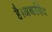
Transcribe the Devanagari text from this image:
है।अथर्ववेद